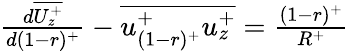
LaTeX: \begin{array}{r}{\frac{d\overline{{U_{z}^{+}}}}{d(1-r)^{+}}-\overline{{u_{(1-r)^{+}}^{+}u_{z}^{+}}}={\frac{(1-r)^{+}}{R^{+}}}}\end{array}